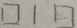
\square 1 \square